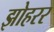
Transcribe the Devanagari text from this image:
झोहरर